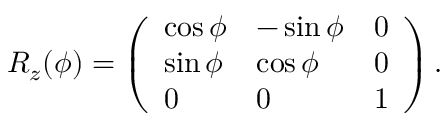
R _ { z } ( \phi ) = \left( \begin{array} { l l l } { \cos \phi } & { - \sin \phi } & { 0 } \\ { \sin \phi } & { \cos \phi } & { 0 } \\ { 0 } & { 0 } & { 1 } \end{array} \right) .